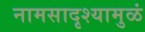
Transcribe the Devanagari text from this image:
नामसादृश्यामुळं